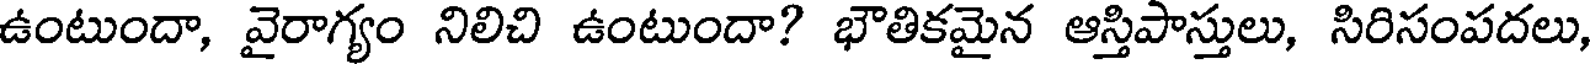
ఉంటుందా, వైరాగ్యం నిలిచి ఉంటుందా? భౌతికమైన ఆస్తిపాస్తులు, సిరిసంపదలు,